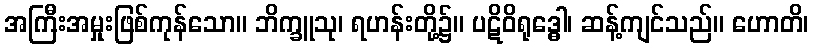
အကြီးအမှုးဖြစ်ကုန်သော။ ဘိက္ခူသု၊ ရဟန်းတို့၌။ ပဋိဝိရုဒ္ဓေါ၊ ဆန့်ကျင်သည်။ ဟောတိ၊